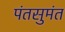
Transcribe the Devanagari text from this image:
पंतसुमंत